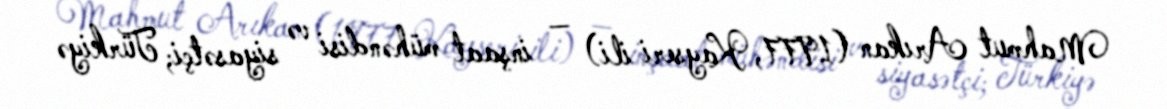
Mahmut Arıkan (1977, Kayseri ili) — inşaat mühəndisi və siyasətçi; Türkiyə